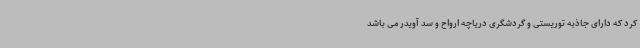
کرد که دارای جاذبه توریستی و گردشگری دریاچه ارواح و سد آویدر می باشد